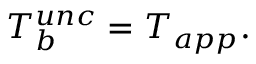
T _ { b } ^ { u n c } = T _ { a p p } \mathrm { . }